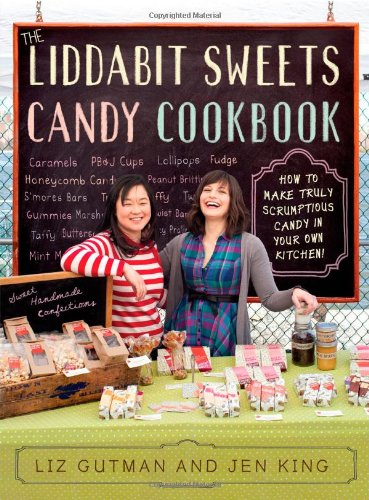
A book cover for The Liddabit Sweets Candy Cookbook: How to Make Truly Scrumptious Candy in Your Own Kitchen!; Liz Gutman; Cookbooks, Food & Wine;